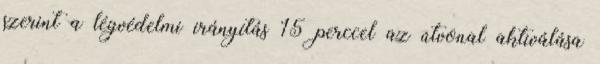
szerint a légvédelmi irányítás 15 perccel az útvonal aktiválása